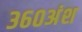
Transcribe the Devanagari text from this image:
३६०अंश